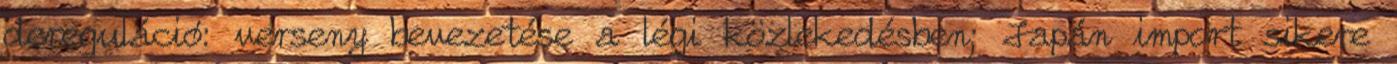
dereguláció: verseny bevezetése a légi közlekedésben; Japán import sikere